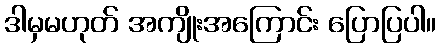
ဒါမှမဟုတ် အကျိုးအကြောင်း ပြောပြပါ။